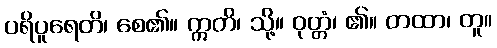
ပရိပူရေတိ၊ စေ၏။ ဣတိ၊ သို့။ ဝုတ္တံ၊ ၏။ တထာ၊ တူ။